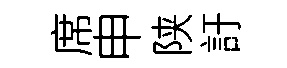
席申陕訏